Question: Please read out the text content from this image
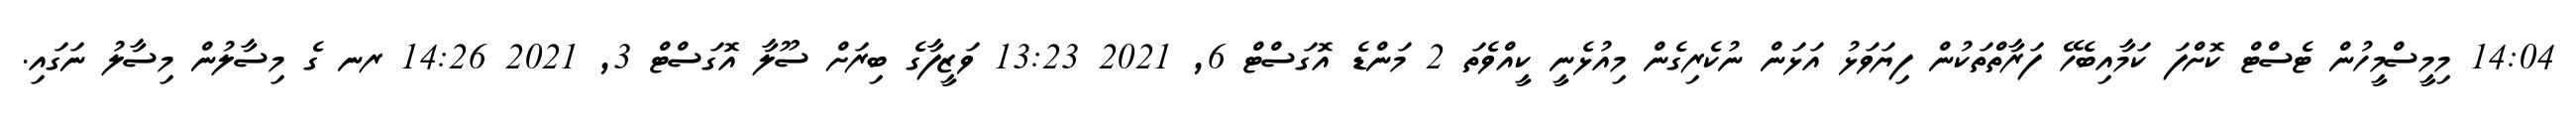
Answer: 14:04 މިމީސްމީހުން ޓެސްޓް ކޮށްފަ ކަމާއިބެހޭ ފަރާތްތަކުން ފިޔަވަޅު އަޅަން ނުކެރިގެން މިއުޅެނީ ކީއްވެތަ 2 މަންޑެ އޮގަސްޓް 6, 2021 13:23 ވަޒީފާގެ ބިރަށް ސޫލާ އޮގަސްޓް 3, 2021 14:26 ރނ ގެ މިސާލުން މިސާލު ނަގައި.